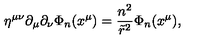
\eta ^ { \mu \nu } \partial _ { \mu } \partial _ { \nu } \Phi _ { n } ( x ^ { \mu } ) = \frac { n ^ { 2 } } { { \tilde { r } } ^ { 2 } } \Phi _ { n } ( x ^ { \mu } ) ,